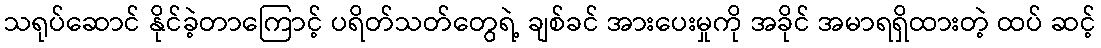
သရုပ်ဆောင် နိုင်ခဲ့တာကြောင့် ပရိတ်သတ်တွေရဲ့ ချစ်ခင် အားပေးမှုကို အခိုင် အမာရရှိထားတဲ့ ထပ် ဆင့်